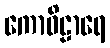
ကောဝိဠာရေ